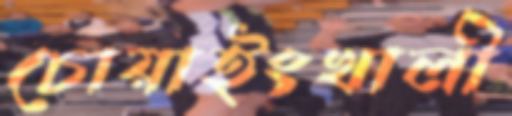
চোয়াইংখালী